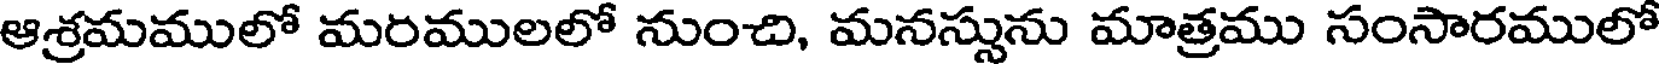
ఆశ్రమములో మరములలో నుంచి, మనస్సును మాత్రము సంసారములో